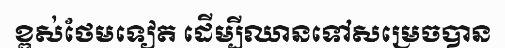
ខ្ពស់ថែមទៀត ដើម្បីឈានទៅសម្រេចបាន